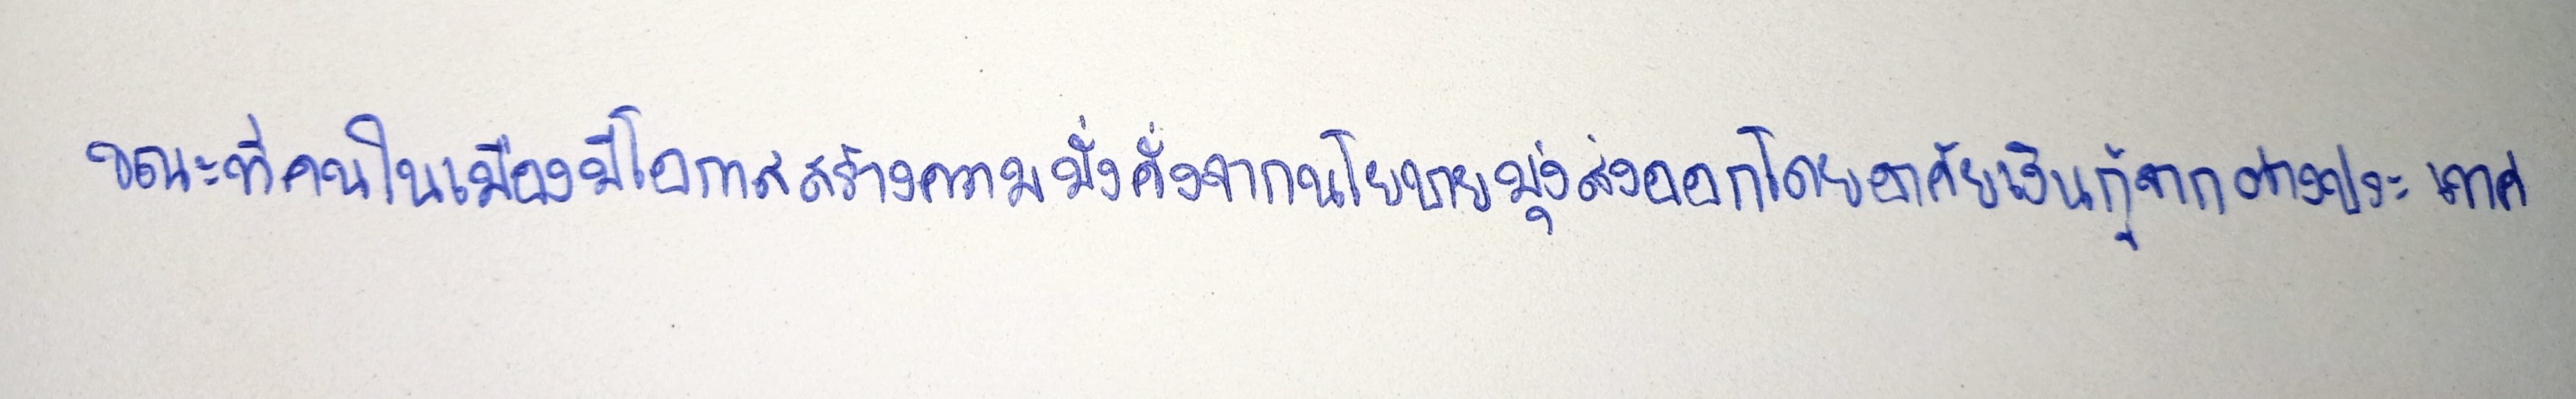
ขณะที่คนในเมืองมีโอกาสสร้างความมั่งคั่งจากนโยบายมุ่งส่งออกโดยอาศัยเงินกู้จากต่างประเทศ